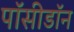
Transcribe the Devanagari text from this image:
पॉसीडॉन